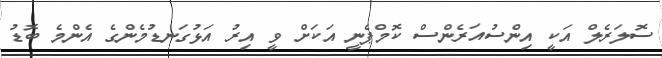
ސޮލަރެލް އަކީ އިންސުއަރެންސް ކޮމްޕެނީ އަކަށް ވީ އިރު އަޅުގަނޑުމެންގެ އެންމެ ބޮޑު